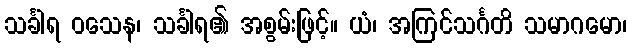
သင်္ခါရ ဝသေန၊ သင်္ခါရ၏ အစွမ်းဖြင့်။ ယံ၊ အကြင်သင်္ဂတိ သမာဂမော၊